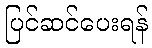
ပြင်ဆင်ပေးရန်